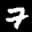
Digit: 7